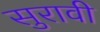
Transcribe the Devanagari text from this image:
सुरावी